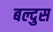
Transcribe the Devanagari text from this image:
बल्दुस